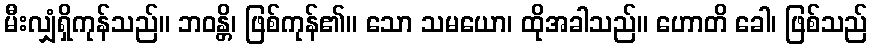
မီးလျှံရှိကုန်သည်။ ဘဝန္တိ၊ ဖြစ်ကုန်၏။ သော သမယော၊ ထိုအခါသည်။ ဟောတိ ခေါ၊ ဖြစ်သည်